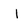
Character: I